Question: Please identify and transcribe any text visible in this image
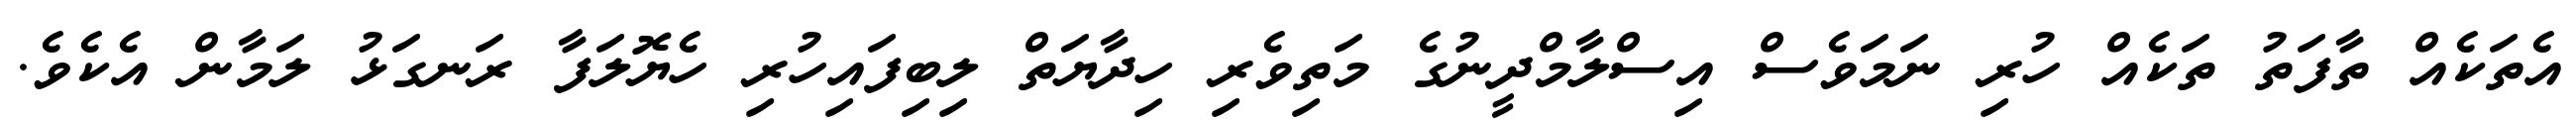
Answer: އެތަކެއް ތާފަތު ތަކެއް ހުރި ނަމަވެސް އިސްލާމްދީނުގެ މަތިވެރި ހިދާޔަތް ލިބިފައިހުރި ހެޔޮލަފާ ރަނގަޅު ލަމާން އެކެވެ.